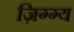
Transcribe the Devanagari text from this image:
ज़िग्ग्य